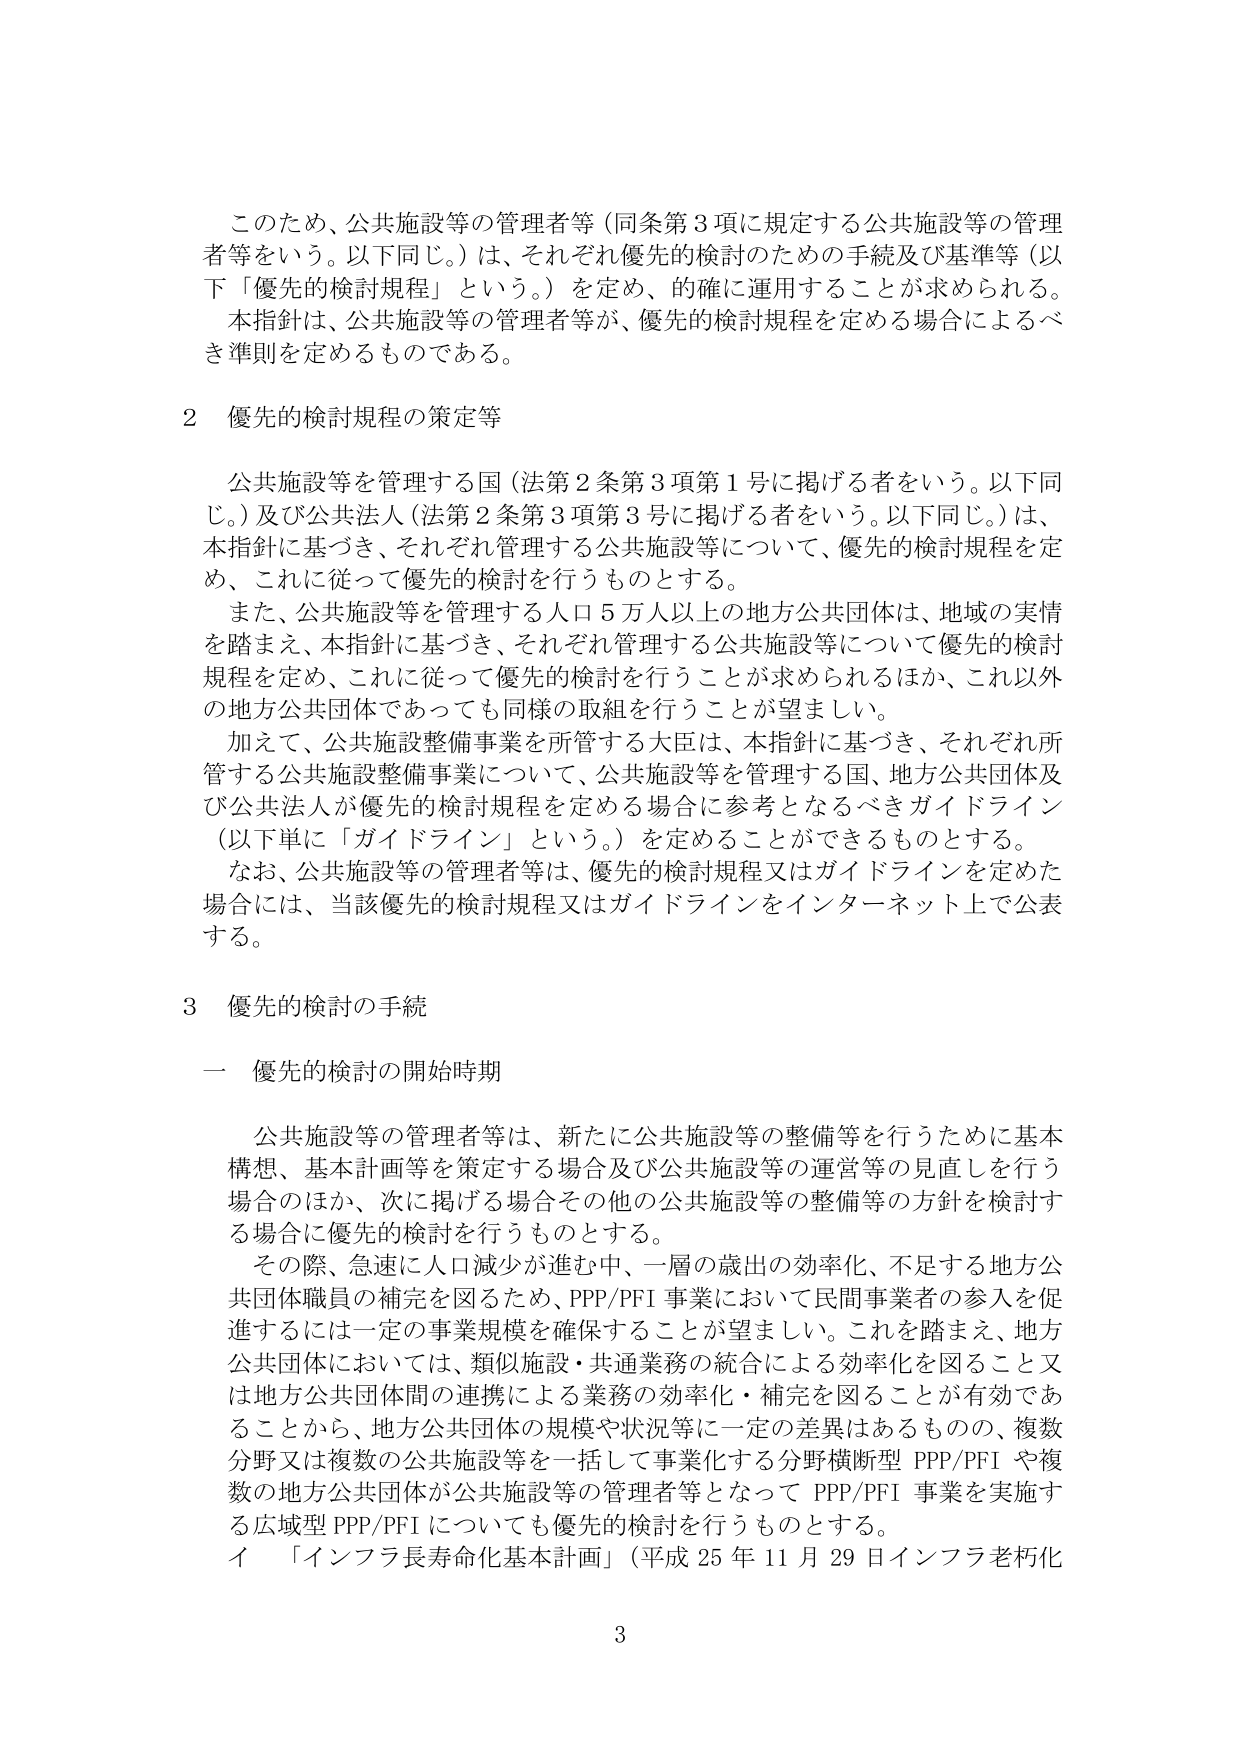
このため、公共施設等の管理者等（同条第3項に規定する公共施設等の管理者等をいう。以下同じ。）は、それぞれ優先的検討のための手続及び基準等（以下「優先的検討規程」という。）を定め、的確に運用することが求められる。本指針は、公共施設等の管理者等が、優先的検討規程を定める場合によるべき準則を定めるものである。

2 優先的検討規程の策定等

公共施設等を管理する国（法第2条第3項第1号に掲げる者をいう。以下同じ。）及び公共法人（法第2条第3項第3号に掲げる者をいう。以下同じ。）は、本指針に基づき、それぞれ管理する公共施設等について、優先的検討規程を定め、これに従って優先的検討を行うものとする。

また、公共施設等を管理する人口5万人以上の地方公共団体は、地域の実情を踏まえ、本指針に基づき、それぞれ管理する公共施設等について優先的検討規程を定め、これに従って優先的検討を行うことが求められるほか、これ以外の地方公共団体であっても同様の取組を行うことが望ましい。

加えて、公共施設整備事業を所管する大臣は、本指針に基づき、それぞれ所管する公共施設整備事業について、公共施設等を管理する国、地方公共団体及び公共法人が優先的検討規程を定める場合に参考となるべきガイドライン（以下単に「ガイドライン」という。）を定めることができるものとする。

なお、公共施設等の管理者等は、優先的検討規程又はガイドラインを定めた場合には、当該優先的検討規程又はガイドラインをインターネット上で公表する。

3 優先的検討の手続

一 優先的検討の開始時期

公共施設等の管理者等は、新たに公共施設等の整備等を行うために基本構想、基本計画等を策定する場合及び公共施設等の運営等の見直しを行う場合のほか、次に掲げる場合その他公共施設等の整備等の方針を検討する場合に優先的検討を行うものとする。

その際、急速に人口減少が進む中、一層の歳出の効率化、不足する地方公共団体職員の補完を図るため、PPP/PFI事業において民間事業者の参入を促進するには一定の事業規模を確保することが望ましい。これを踏まえ、地方公共団体においては、類似施設・共通業務の統合による効率化を図ること又は地方公共団体間の連携による業務の効率化・補完を図ることが有効であることから、地方公共団体の規模や状況等に一定の差異はあるものの、複数分野又は複数の公共施設等を一括して事業化する分野横断型PPP/PFIや複数の地方公共団体が公共施設等の管理者等となってPPP/PFI事業を実施する広域型PPP/PFIについても優先的検討を行うものとする。

イ 「インフラ長寿命化基本計画」（平成25年11月29日インフラ老朽化

3